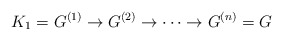
\begin{align*}K_1=G^{(1)} \rightarrow G^{(2)} \rightarrow \cdots \rightarrow G^{(n)}=G\end{align*}